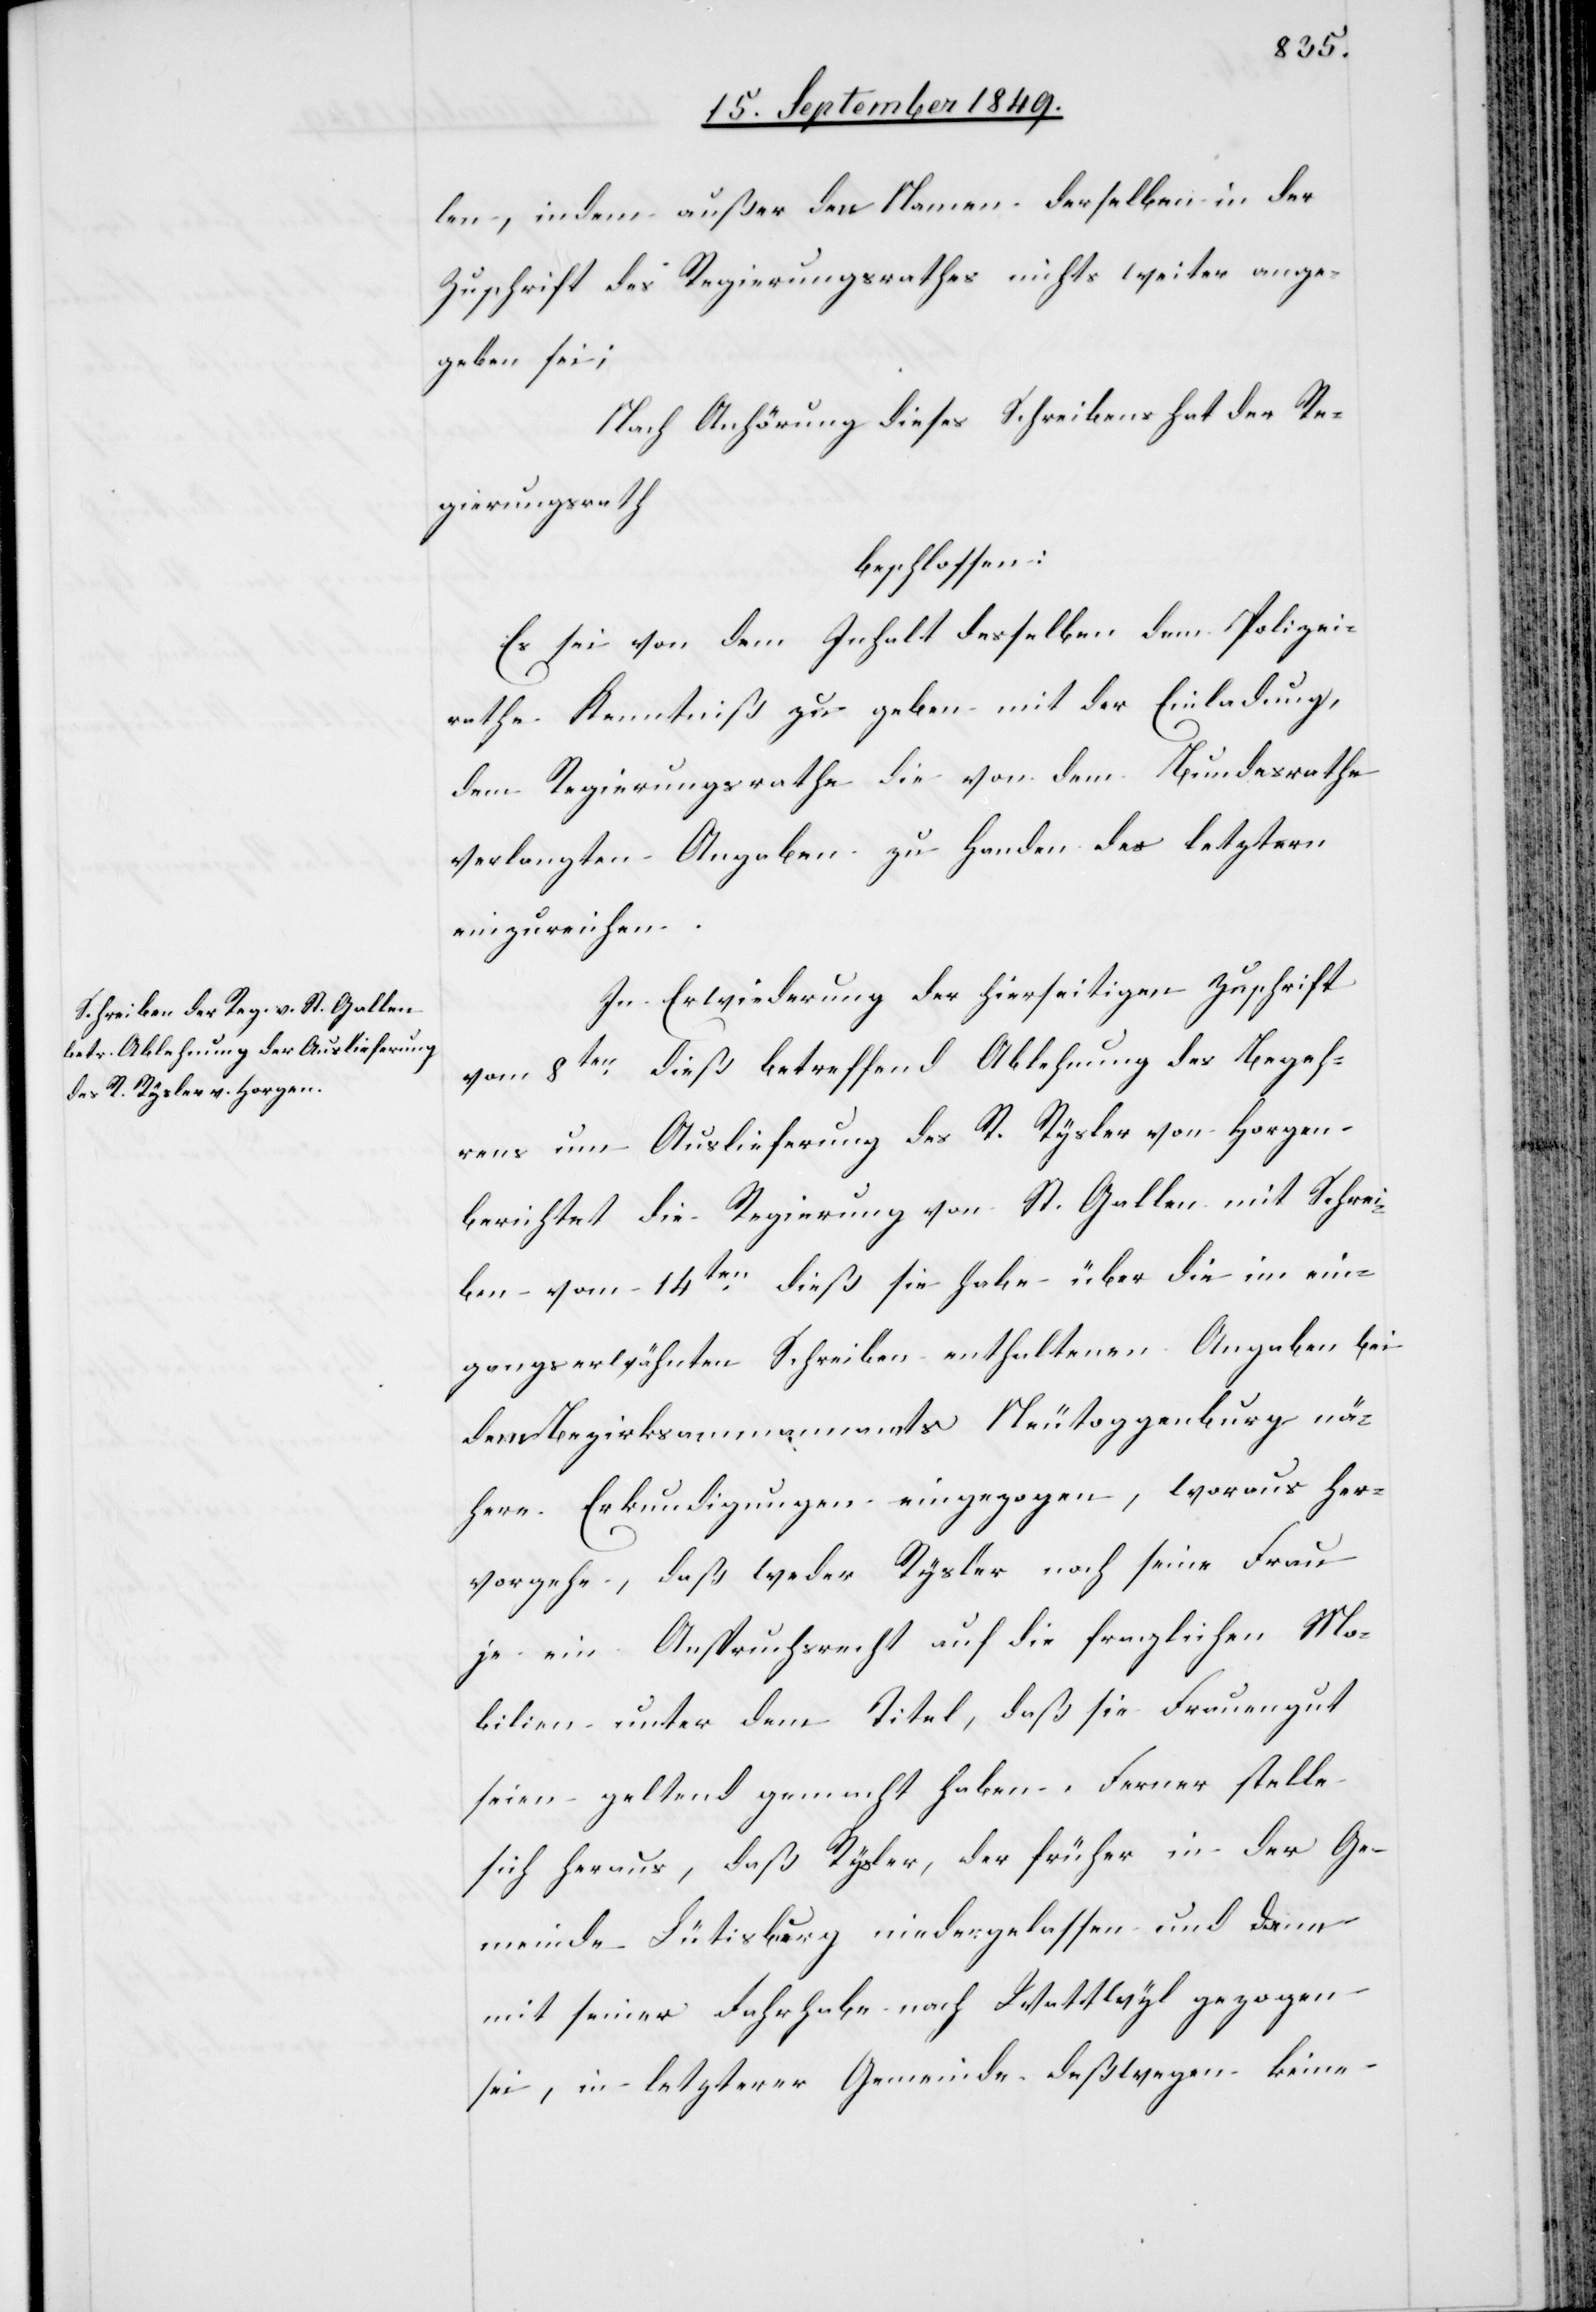
len, indem außer den Namen derselben in der
Zuschrift des Regierungsrathes nichts weiter ange¬
geben sei;
Nach Anhörung dieses Schreibens hat der Re¬
gierungsrath
beschlossen:
Es sei von dem Inhalt desselben dem Polizei¬
rathe Kenntniß zu geben mit der Einladung,
dem Regierungsrathe die von dem Bundesrathe
verlangten Angaben zu Handen des letztern
einzureichen.
In Erwiederung der hierseitigen Zuschrift
vom 8ten dieß betreffend Ablehnung des Begeh¬
rens um Auslieferung des R. Rysler von Horgen
berichtet die Regierung von St. Gallen mit Schrei¬
ben vom 14ten dieß sie habe über die im ein¬
gangserwähnten Schreiben enthaltenen Angaben bei
dem Bezirksammannamts Neutoggenburg nä¬
here Erkundigungen eingezogen, woraus her¬
vorgehe, daß weder Rysler noch seine Frau
je ein Anspruchsrecht auf die fraglichen Mo¬
bilien unter dem Titel, daß sie Frauengut
seien geltend gemacht haben. Ferner stelle
sich heraus, daß Rysler, der früher in der Ge¬
meinde Lütisburg niedergelassen und dann
mit seiner Fahrhabe nach Wattwyl gezogen
sei, in letzterer Gemeinde deßwegen keine